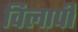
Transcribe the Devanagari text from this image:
विलापी